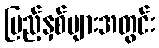
ပြည့်နှစ်များအတွင်း